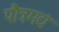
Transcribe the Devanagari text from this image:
पौत्रमद्यं